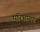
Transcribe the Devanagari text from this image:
परिभ्रामण